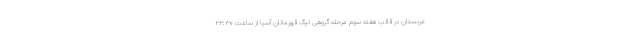
عربستان در قالب هفته سوم مرحله گروهی لیگ قهرمانان آسیا از ساعت ۲۲:۳۰